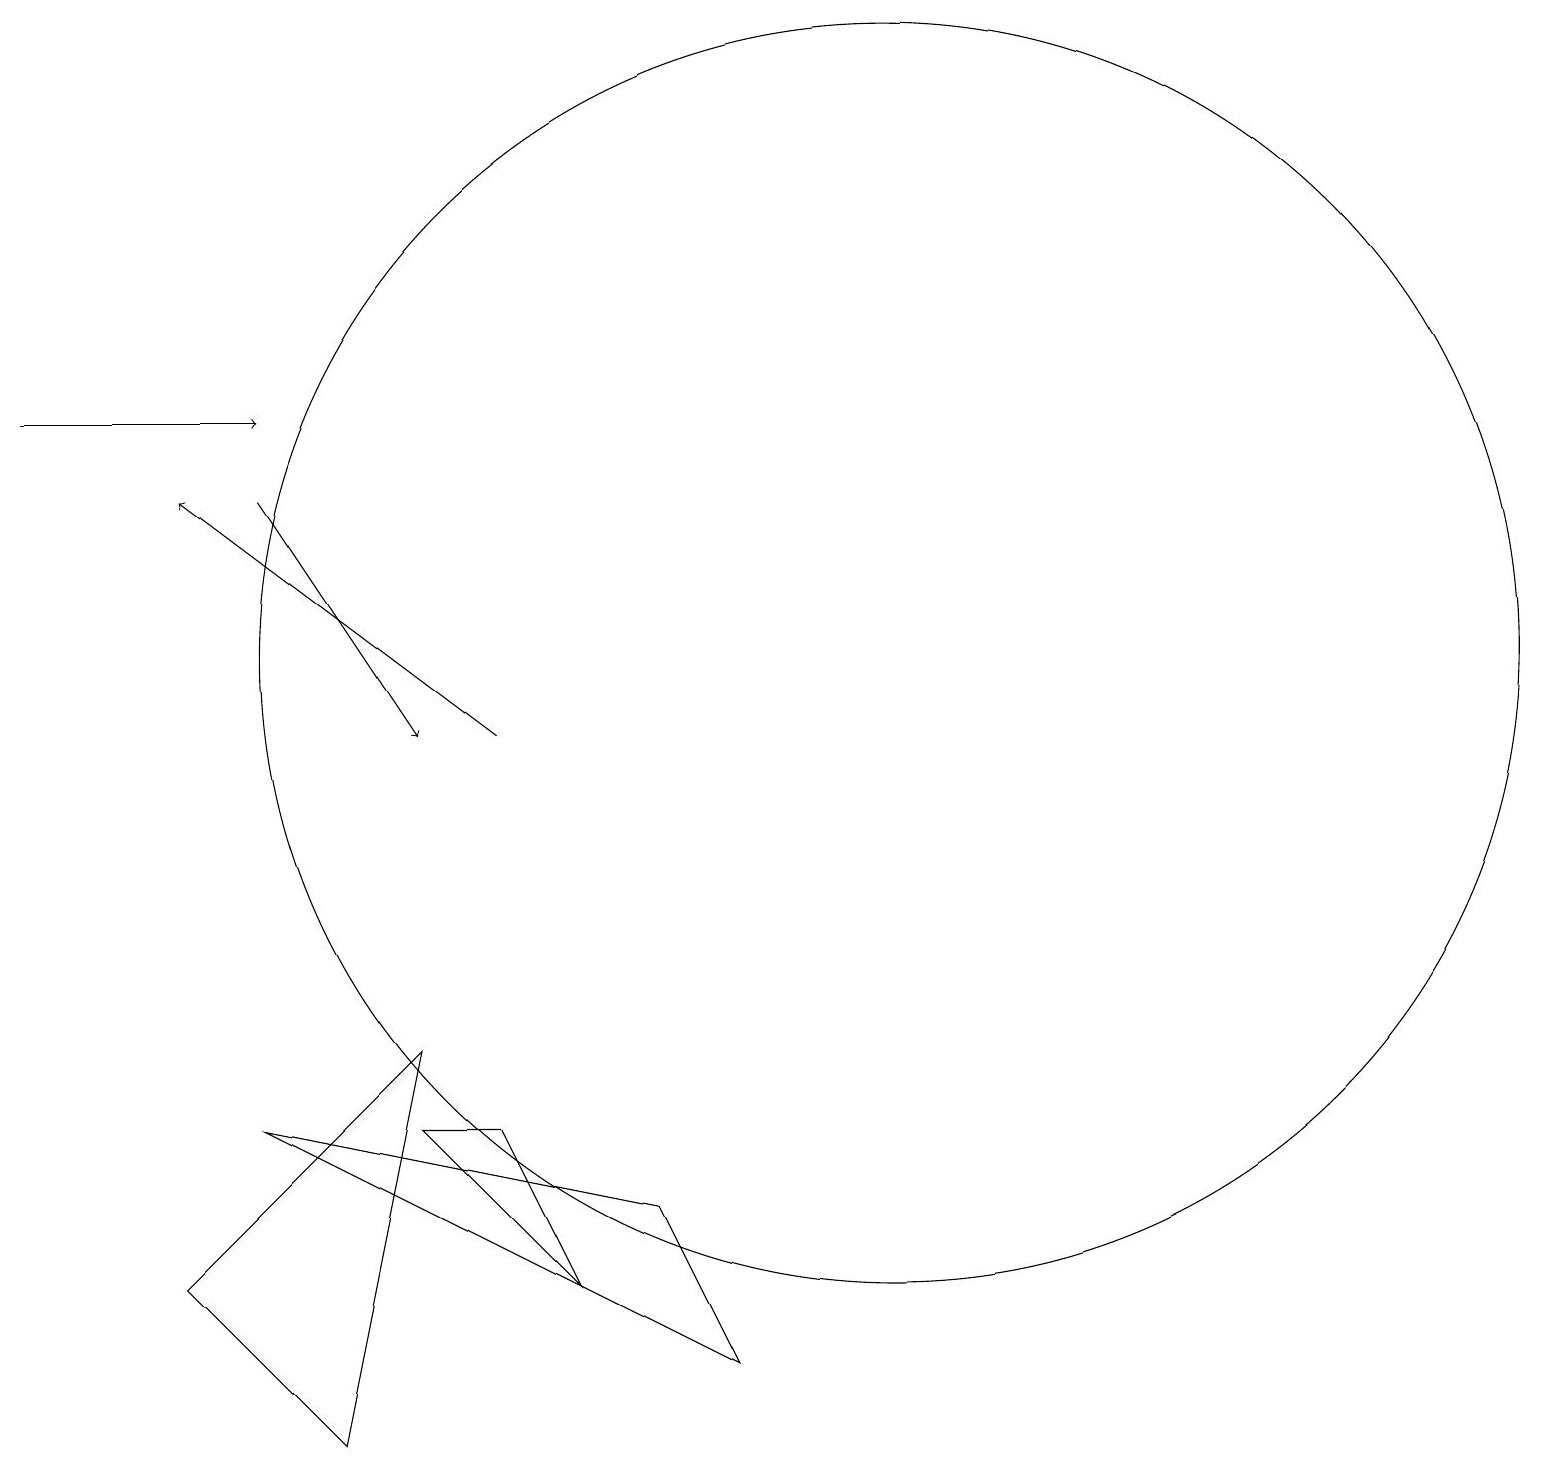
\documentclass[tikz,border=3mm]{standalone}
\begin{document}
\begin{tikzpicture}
\draw[->] (0,14) -- (3,14);
\draw[->] (3,13) -- (5,10);
\draw (4,1) -- (5,6) -- (2,3) -- cycle;
\draw[->] (6,10) -- (2,13);
\draw (11,11) circle (8);
\draw (9,2) -- (3,5) -- (8,4) -- cycle;
\draw (5,5) -- (6,5) -- (7,3) -- cycle;
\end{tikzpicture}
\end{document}